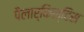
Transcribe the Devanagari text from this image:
पैलार्किस्टिस